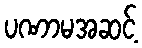
ပဏာမအဆင့်